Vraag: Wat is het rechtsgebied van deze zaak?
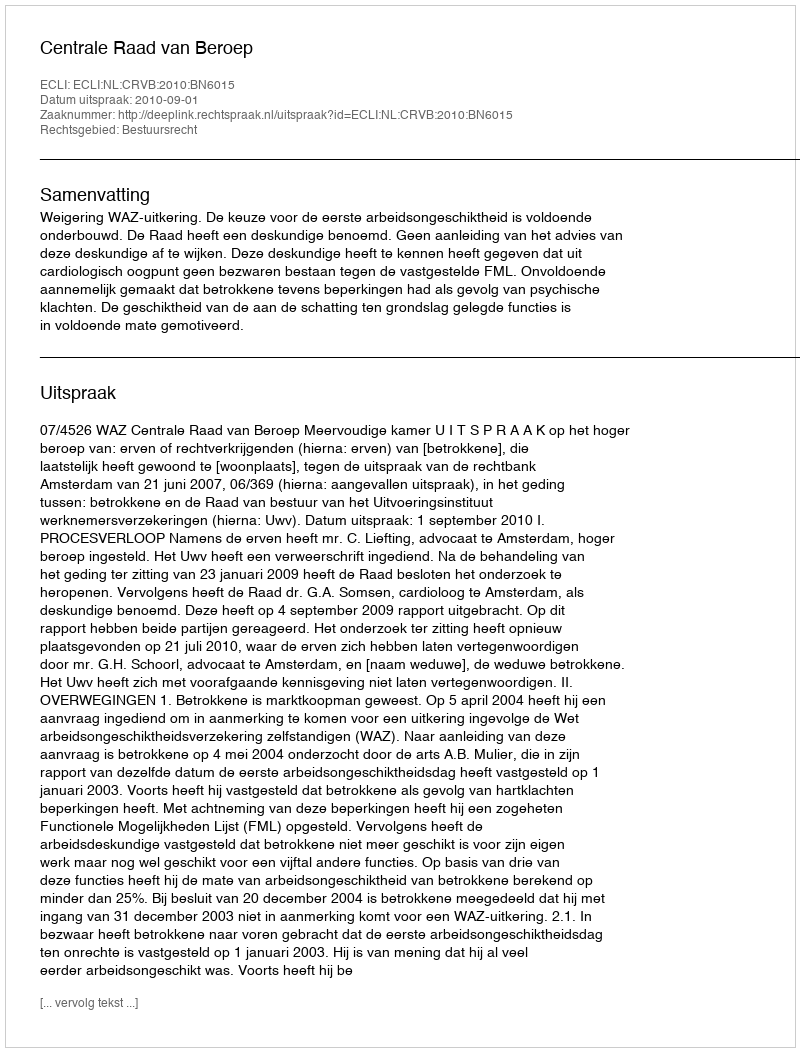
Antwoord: Bestuursrecht